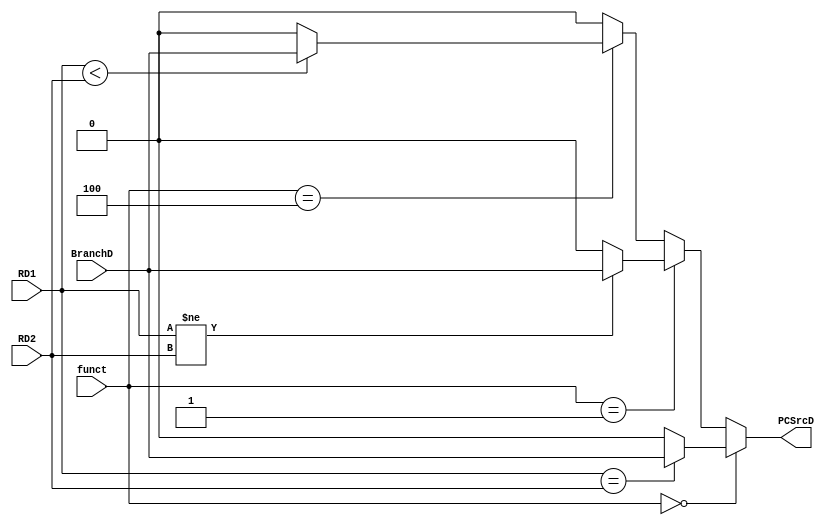
`timescale 1ns / 1ps
	
module branch_ctrl(
    input wire [0:0]BranchD,
    input wire [2:0]funct,
    input wire [31:0]RD1, RD2,
    output reg [0:0]PCSrcD
    );
    
    always @(*) begin
        
        if (funct == 3'b000) begin
            if (RD1 == RD2)
                PCSrcD = BranchD;
            else 
                PCSrcD = 1'b0;
        end
        
        else if (funct == 3'b001) begin
            if (RD1 != RD2)
                PCSrcD = BranchD;
            else 
                PCSrcD = 1'b0;
        end
        
        else if (funct == 3'b100) begin
            if (RD1 < RD2)
                PCSrcD = BranchD;
            else 
                PCSrcD = 1'b0;
        end
        
        else begin
            PCSrcD = 1'b0;
        end
    end
/*	
	always @(*)begin
		PCSrcD=BranchD && (((funct==3'b000) && (RD1==RD2)) || ((funct==3'b001) && (RD1!=RD2)) || ((funct==3'b100) && (RD1<RD2)));
	end
*/
endmodule